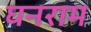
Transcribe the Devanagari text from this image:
घनराम